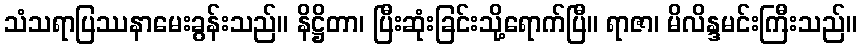
သံသရာပြဿနာမေးခွန်းသည်။ နိဋ္ဌိတာ၊ ပြီးဆုံးခြင်းသို့ရောက်ပြီ။ ရာဇာ၊ မိလိန္ဒမင်းကြီးသည်။